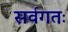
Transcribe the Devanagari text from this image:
सर्वगतः